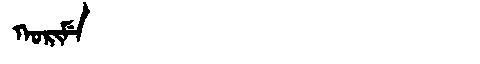
Manchu: ᡴᠣᡵᡳᠮᡝ
Romanization: KORIME